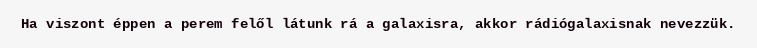
Ha viszont éppen a perem felől látunk rá a galaxisra, akkor rádiógalaxisnak nevezzük.